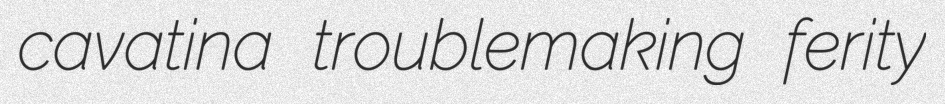
cavatina troublemaking ferity